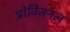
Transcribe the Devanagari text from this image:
प्रोविज़नल